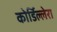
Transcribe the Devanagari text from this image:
कोर्डिल्लेरा